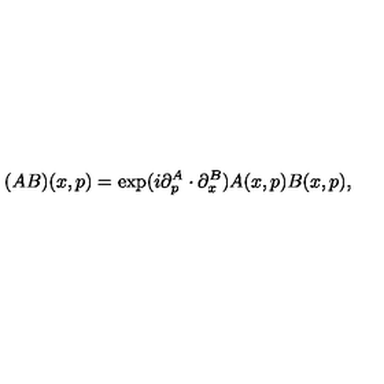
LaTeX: ( A B ) ( x , p ) = \exp ( i \partial _ { p } ^ { A } \cdot \partial _ { x } ^ { B } ) A ( x , p ) B ( x , p ) ,